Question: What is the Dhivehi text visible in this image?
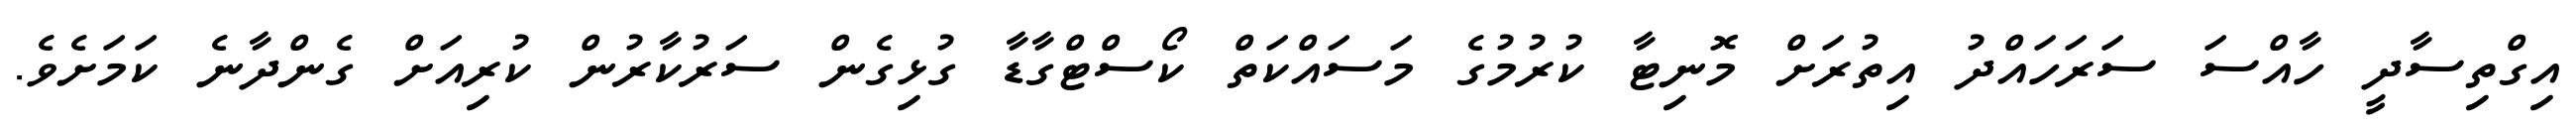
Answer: އިގްތިސާދީ ހާއްސަ ސަރަހައްދު އިތުރަށް މޮނިޓާ ކުރުމުގެ މަސައްކަތް ކޯސްޓްގާޑާ ގުޅިގެން ސަރުކާރުން ކުރިއަށް ގެންދާނެ ކަމަށެވެ.